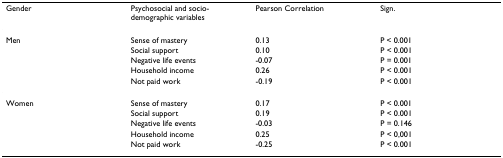
<table><thead><tr><td><b>Gender</b></td><td><b>Psychosocial and socio-demographic variables</b></td><td><b>Pearson Correlation</b></td><td><b>Sign.</b></td></tr></thead><tbody><tr><td>Men</td><td>Sense of mastery</td><td>0.13</td><td>P &lt; 0.001</td></tr><tr><td></td><td>Social support</td><td>0.10</td><td>P &lt; 0.001</td></tr><tr><td></td><td>Negative life events</td><td>-0.07</td><td>P = 0.001</td></tr><tr><td></td><td>Household income</td><td>0.26</td><td>P &lt; 0.001</td></tr><tr><td></td><td>Not paid work</td><td>-0.19</td><td>P &lt; 0.001</td></tr><tr><td>Women</td><td>Sense of mastery</td><td>0.17</td><td>P &lt; 0.001</td></tr><tr><td></td><td>Social support</td><td>0.19</td><td>P &lt; 0.001</td></tr><tr><td></td><td>Negative life events</td><td>-0.03</td><td>P = 0.146</td></tr><tr><td></td><td>Household income</td><td>0.25</td><td>P &lt; 0,001</td></tr><tr><td></td><td>Not paid work</td><td>-0.25</td><td>P &lt; 0.001</td></tr></tbody></table>